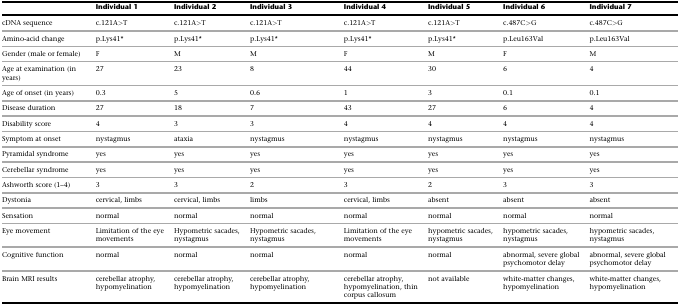
|  | Individual 1 | Individual 2 | Individual 3 | Individual 4 | Individual 5 | Individual 6 | Individual 7 |
 | --- | --- | --- | --- | --- | --- | --- | --- |
 | cDNA sequence | c.121A>T | c.121A>T | c.121A>T | c.121A>T | c.121A>T | c.487C>G | c.487C>G |
 | Amino-acid change | p.Lys41∗ | p.Lys41∗ | p.Lys41∗ | p.Lys41∗ | p.Lys41∗ | p.Leu163Val | p.Leu163Val |
 | Gender (male or female) | F | M | M | F | M | F | M |
 | Age at examination (in years) | 27 | 23 | 8 | 44 | 30 | 6 | 4 |
 | Age of onset (in years) | 0.3 | 5 | 0.6 | 1 | 3 | 0.1 | 0.1 |
 | Disease duration | 27 | 18 | 7 | 43 | 27 | 6 | 4 |
 | Disability score | 4 | 3 | 3 | 4 | 4 | 4 | 4 |
 | Symptom at onset | nystagmus | ataxia | nystagmus | nystagmus | nystagmus | nystagmus | nystagmus |
 | Pyramidal syndrome | yes | yes | yes | yes | yes | yes | yes |
 | Cerebellar syndrome | yes | yes | yes | yes | yes | yes | yes |
 | Ashworth score (1–4) | 3 | 3 | 2 | 3 | 2 | 3 | 3 |
 | Dystonia | cervical, limbs | cervical, limbs | limbs | cervical, limbs | absent | absent | absent |
 | Sensation | normal | normal | normal | normal | normal | normal | normal |
 | Eye movement | Limitation of the eye movements | Hypometric sacades, nystagmus | Hypometric sacades, nystagmus | Limitation of the eye movements | hypometric sacades, nystagmus | hypometric sacades, nystagmus | hypometric sacades, nystagmus |
 | Cognitive function | normal | normal | normal | normal | normal | abnormal, severe global psychomotor delay | abnormal, severe global psychomotor delay |
 | Brain MRI results | cerebellar atrophy, hypomyelination | cerebellar atrophy, hypomyelination | cerebellar atrophy, hypomyelination | cerebellar atrophy, hypomyelination, thin corpus callosum | not available | white-matter changes, hypomyelination | white-matter changes, hypomyelination |